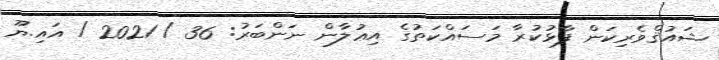
ޝައުޤްވެރިކަން ފާޅުކުރާ މަސައްކަތުގެ އިޢުލާން ނަންބަރު: 36 / 2021 / އައި.ޔޫ